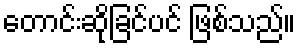
တောင်းဆိုခြင်ပင် ဖြစ်သည်။